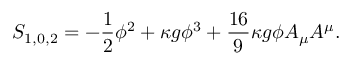
S _ { 1 , 0 , 2 } = - \frac { 1 } { 2 } \phi ^ { 2 } + \kappa g \phi ^ { 3 } + \frac { 1 6 } { 9 } \kappa g \phi A _ { \mu } A ^ { \mu } .